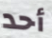
أحد